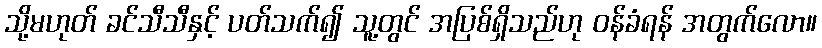
သို့မဟုတ် ခင်သီသီနှင့် ပတ်သက်၍ သူ့တွင် အပြစ်ရှိသည်ဟု ဝန်ခံရန် အတွက်လော။